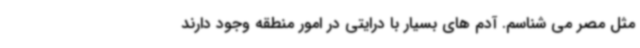
مثل مصر می شناسم. آدم های بسیار با درایتی در امور منطقه وجود دارند